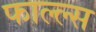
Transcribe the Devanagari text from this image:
फाल्ल्स